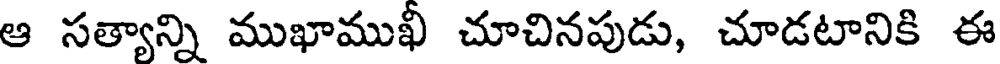
ఆ సత్యాన్ని ముఖాముఖీ చూచినపుడు, చూడటానికి ఈ